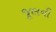
જૂલની